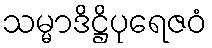
သမ္မာဒိဋ္ဌိပုရေဇဝံ